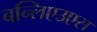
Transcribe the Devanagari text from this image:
बन्लिएउएस